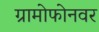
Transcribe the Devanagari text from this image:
ग्रामोफोनवर